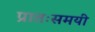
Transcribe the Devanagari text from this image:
प्रातःसमयी